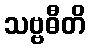
သဗ္ဗဓီတိ